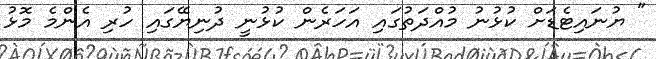
" ޔުނައިޓެޑަށް ކުޅުނު މުއްދަތުގައި އަހަރެން ކުޅުނީ ދުނިޔޭގައި ހުރި އެންމެ މޮޅު